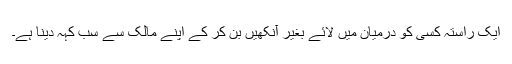
ایک راستہ کسی کو درمیان میں لائے بغیر آنکھیں بن کر کے اپنے مالک سے سب کہہ دینا ہے۔